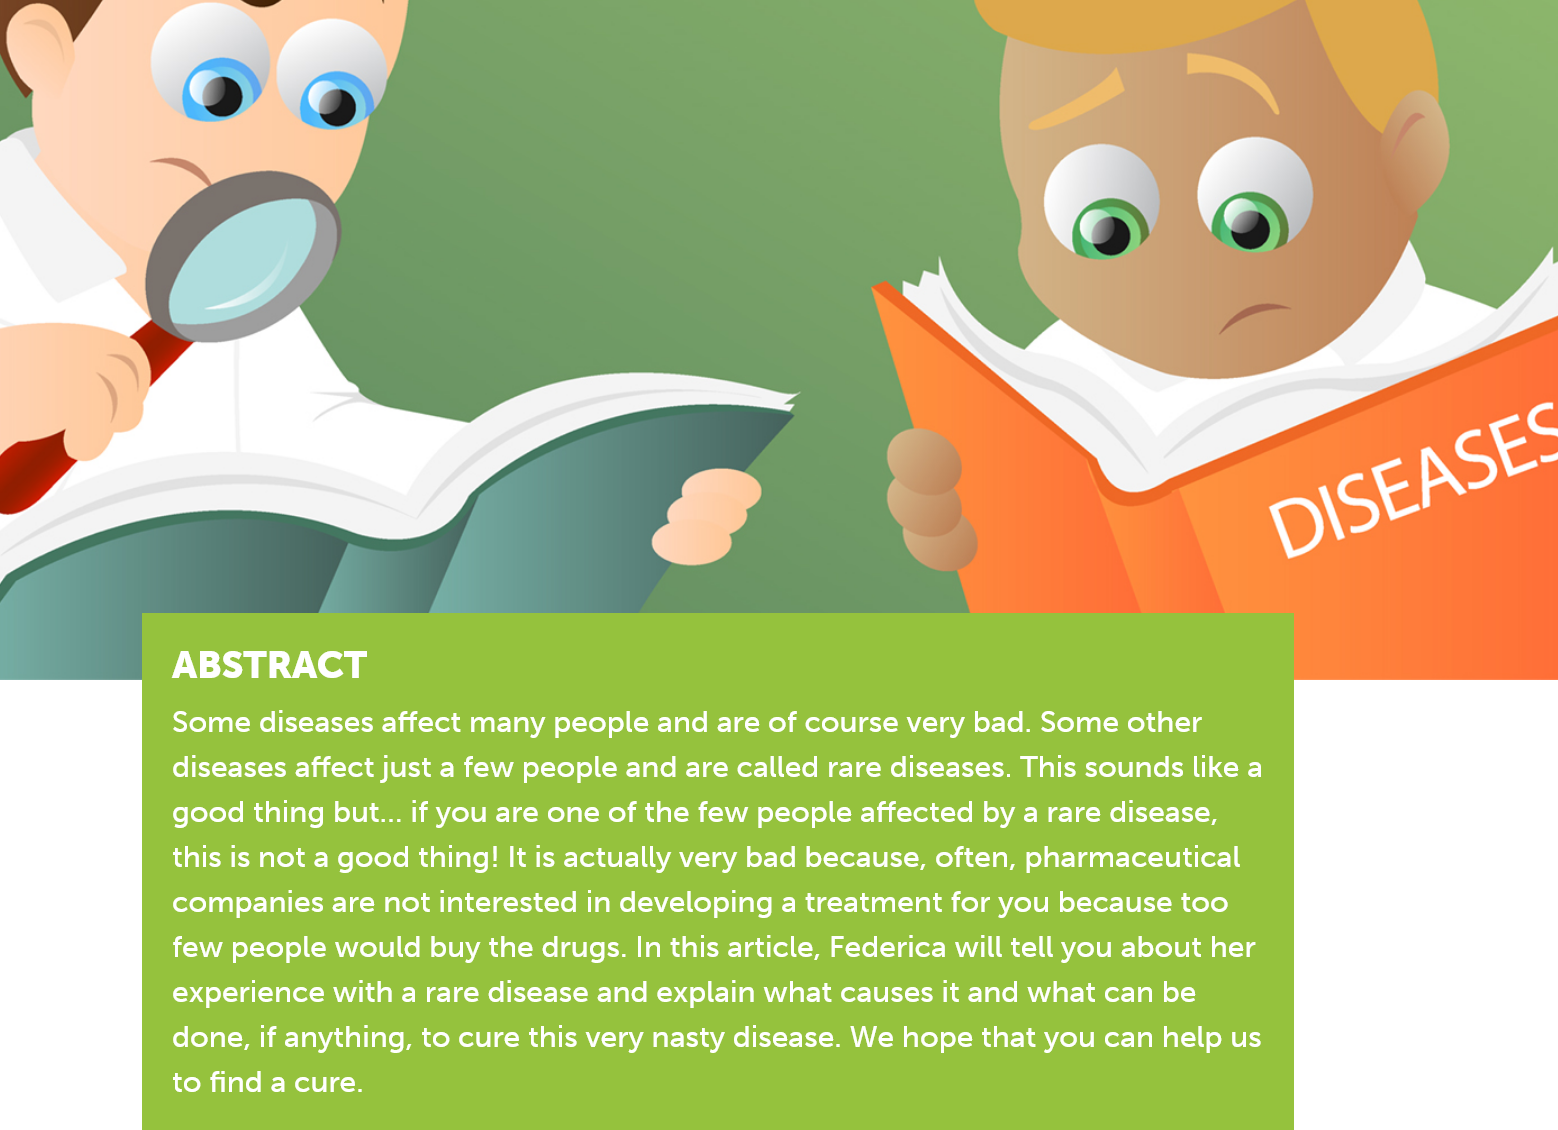
|
     fa
     ABSTRACT ABSTRACT
     Some diseases affect many people and are of course very bad. Some other
     diseases affect just a few people and are called rare diseases. This sounds like a
     good thing but... if you are one of the few people affected by a rare disease,
     this is not a good thing! It is actually very bad because, often, pharmaceutical
     companies are not interested in developing a treatment for you because too
     few people would buy the drugs. In this article, Federica will tell you about her
     experience with a rare disease and explain what causes it and what can be
     done, if anything, to cure this very nasty disease. We hope that you can help us
     to find a cure.